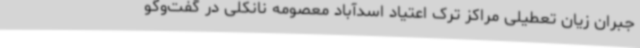
جبران زیان تعطیلی مراکز ترک اعتیاد اسدآباد معصومه نانکلی در گفت‌وگو